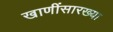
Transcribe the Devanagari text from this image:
खाणींसारख्या